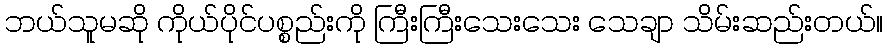
ဘယ်သူမဆို ကိုယ်ပိုင်ပစ္စည်းကို ကြီးကြီးသေးသေး သေချာ သိမ်းဆည်းတယ်။